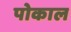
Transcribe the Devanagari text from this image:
पोकाल